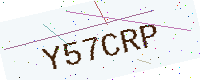
Text: Y57CRP